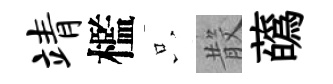
靖檻只𣪚蘤